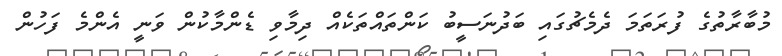
މުބާރާތުގެ ފުރަތަމަ ދެމެޗުގައި ބަދުނަސީބު ކަންތައްތަކެއް ދިމާވި ޑެންމާކުން ވަނީ އެންމެ ފަހުން